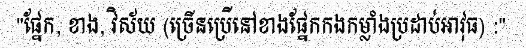
"ផ្នែក, ខាង, វិស័យ (ច្រើនប្រើនៅខាងផ្នែកកងកម្លាំងប្រដាប់អាវុធ) :"